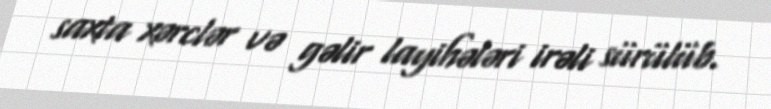
saxta xərclər və gəlir layihələri irəli sürülüb.